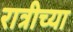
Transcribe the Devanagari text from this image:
रात्रीच्या